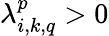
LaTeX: \lambda_{i,k,q}^{p}>0